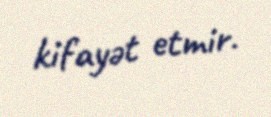
kifayət etmir.